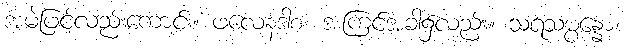
အမဲဖြင့်လည်းကောင်း။ ဖလေနဒါစ၊ အကြင်အခါ၌လည်း။ သရသမ္ပန္နော၊